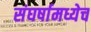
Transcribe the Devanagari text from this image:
संघर्षामध्येच